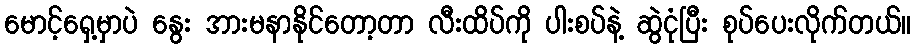
မောင့်ရှေ့မှာပဲ နွေး အားမနာနိုင်တော့တာ လီးထိပ်ကို ပါးစပ်နဲ့ ဆွဲငုံပြီး စုပ်ပေးလိုက်တယ်။